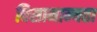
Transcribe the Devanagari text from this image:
विसामान्यता